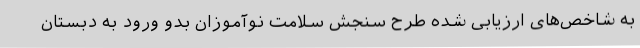
به شاخص‌های ارزیابی شده طرح سنجش سلامت نوآموزان بدو ورود به دبستان